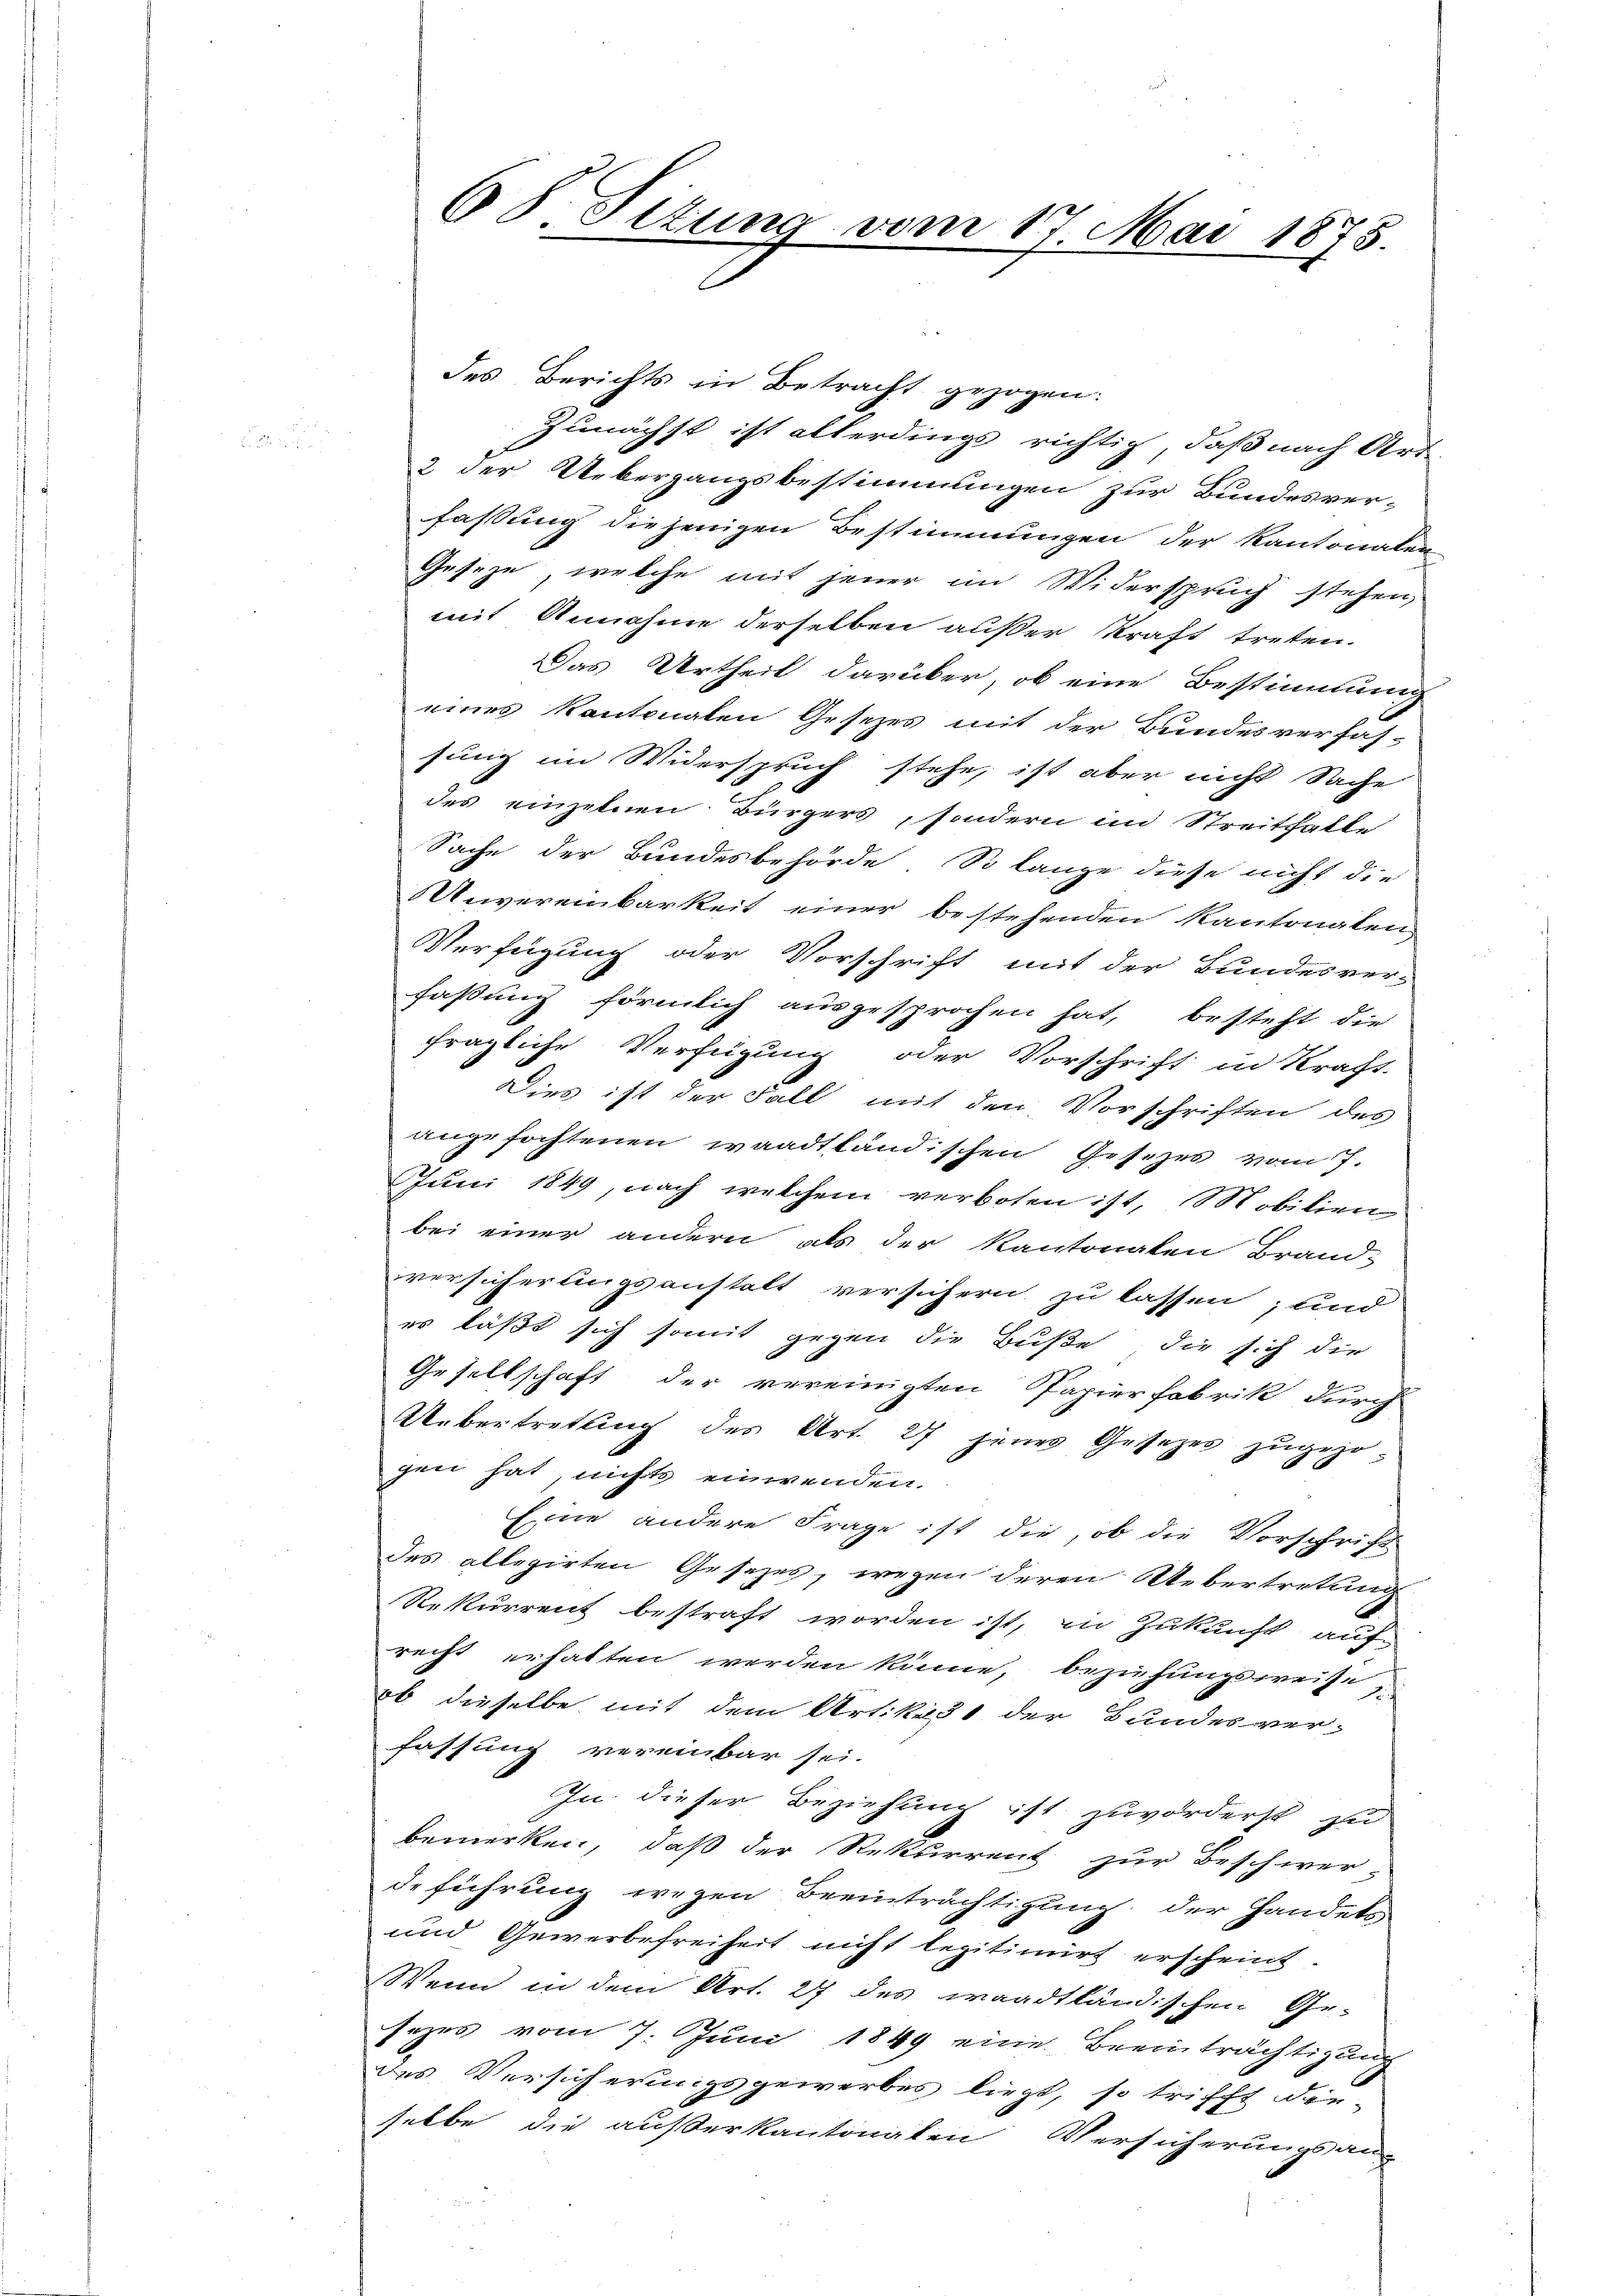
des Berichts in Betracht gezogen.
Zunächst ist allerdings richtig, daß nach Art
2 der Uebergangsbestimmungen zur Bundesver-
fassung diejenigen Bestimmungen der Kantonalen
Geseze, welche mit jener im Widerspruch stehen,
mit Annahme derselben außer Kraft treten.
Das Urtheil darüber, ob eine Bestimmung
eines Kantonalen Gesezes mit der Bundesverfas-
sung im Widerspruch stehe, ist aber nicht Sache
des einzelnen Bürgers, sondern im Streithalle
Sache der Bundesbehörde So lange diese nicht die
Unvereinbarkeit einer bestehenden Kantonalen
Verfügung oder Vorschrift mit der Bundesver-
faßung förmlich ausgesprochen hat, besteht die
fragliche Verfügung oder Vorschrift in Kraft.
Dies ist der Fall mit den Vorschriften des
angefochtenen waadtländischen Gesetzes vom 7.
Juni 1849, nach welchem verboten ist, Mobilien
bei einer andern als der Kantonalen Brand-
versicherungsanstalt versichern zu lassen; und
er läßt sich somit gegen die Buße, die sich die
Gesellschaft der vereinigten Papierfabrik durch
Uebertrettung des Art. 27 jenes Gesetzes zugezogen hat, nichts einwenden.
Eine andere Frage ist die, ob die Vorschrift
des allegirten Gesezes, wegen deren Uebertretung
Rekurrent bestraft worden ist, in Zukunft auf
recht erhalten werden könne, beziehungsweise
ob dieselbe mit dem Artikel 1 der Bundesver-
fassung vereinbar sei.
In dieser Beziehung ist zuvörderst zu
bemerken, daß der Rekurrent zur Beschwer-
deführung wegen Beeinträchtigung, der Handels
und Gewerbefreiheit nicht legitimirt erscheint.
Wenn in dem Art. 27 des waadtländischen Ge-
sezes vom 7. Juni 1849 eine Beeinträchtigung
des Versicherungsgewerbes liegt, so trifft die-
selbe die außerkantonaten Versicherungsan-

68 Situng vom 17. Mai 1873.